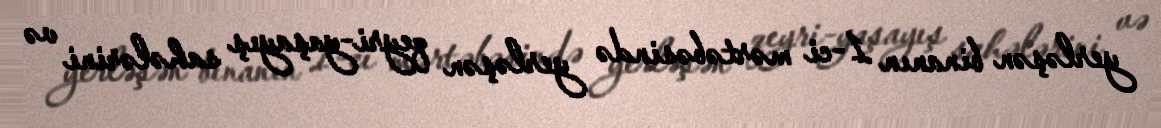
yerləşən binanın 1-ci mərtəbəsində yerləşən qeyri-yaşayış sahələrini və